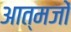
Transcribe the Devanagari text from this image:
आत्मजों